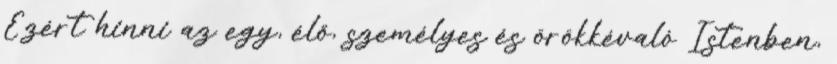
Ezért hinni az egy, élő, személyes és örökkévaló Istenben,